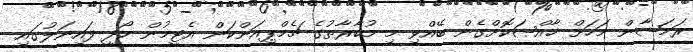
ރަމަޟާން މަހަށް ޚާއްޞަކޮށްގެން ބޭއްވި މި މުބާރާތުގެ ޗެމްޕިއަންކަން އެޓީމުން ހޯދީ ފައިނަލުގައި